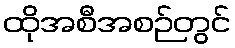
ထိုအစီအစဉ်တွင်